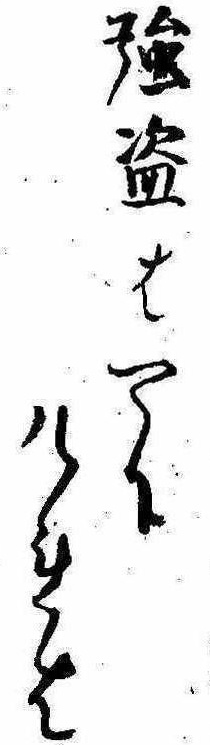
強盗はやりけれは